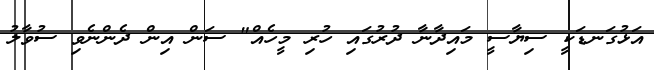
އަޅުގަނޑަކީ ސިޔާސީ މައިދާނާ ދުރުގައި ހުރި މީހެއް" ސަން އިން ދެންނެވި ސުވާލު